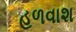
હળવાશ